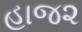
હાજ૨